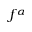
f ^ { \alpha }